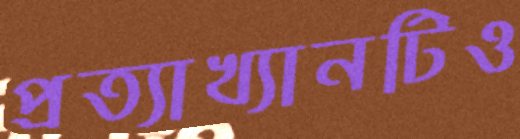
প্রত্যাখ্যানটিও